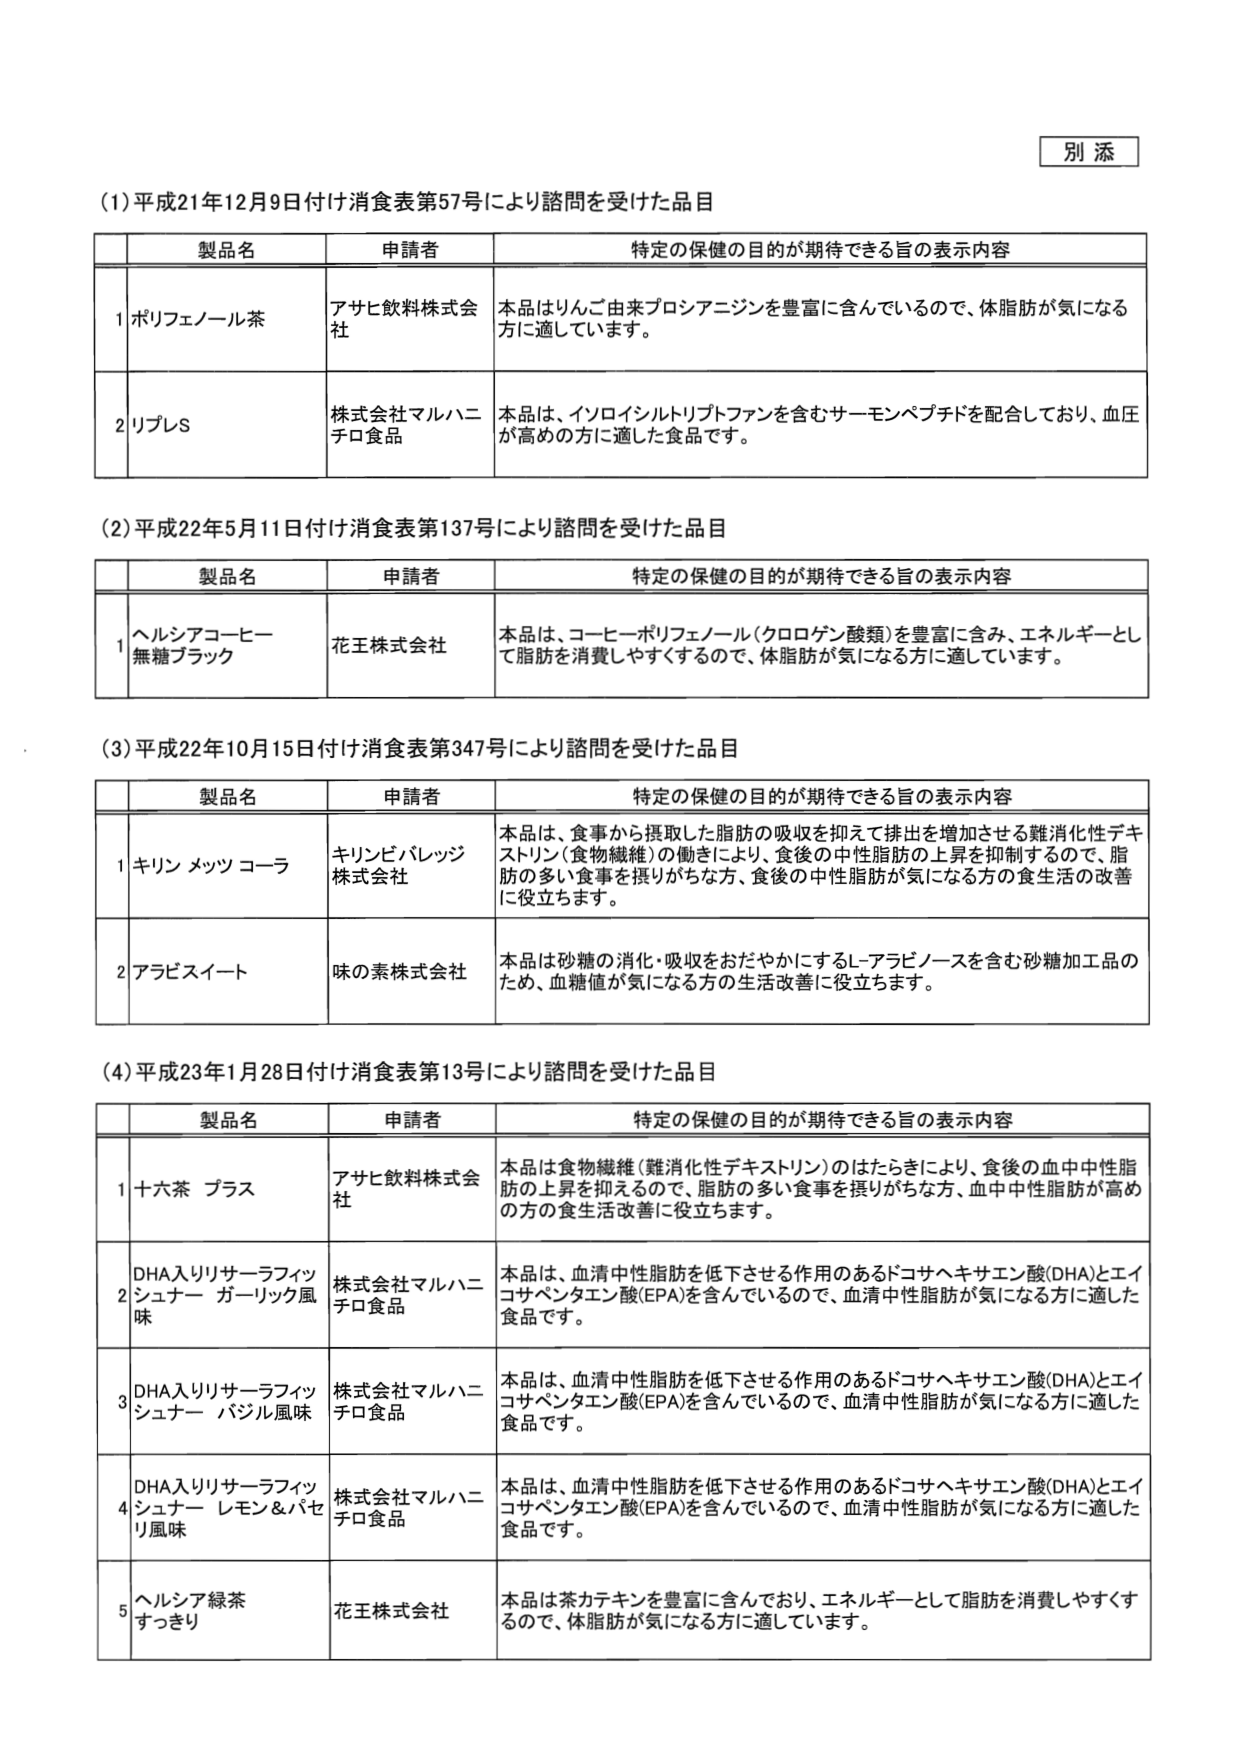
別 添

(1) 平成21年12月9日付け消費表第57号により諮問を受けた品目

製品名 申請者 特定の保健の目的が期待できる旨の表示内容
1 ポリフェノール茶 アサヒ飲料株式会社 本品はりんご由来プロシアニジンを豊富に含んでいるので、体脂肪が気になる方に適しています。
2 リプレS 株式会社マルハニチロ食品 本品は、イソロイシルトリプトファンを含むサーモンペプチドを配合しており、血圧が高めの方に適した食品です。

(2) 平成22年5月11日付け消費表第137号により諮問を受けた品目

製品名 申請者 特定の保健の目的が期待できる旨の表示内容
1 ヘルシアコーヒー 無糖ブラック 花王株式会社 本品は、コーヒーポリフェノール（クロロゲン酸類）を豊富に含み、エネルギーとして脂肪を消費しやすくするので、体脂肪が気になる方に適しています。

(3) 平成22年10月15日付け消費表第347号により諮問を受けた品目

製品名 申請者 特定の保健の目的が期待できる旨の表示内容
1 キリン メッツコーラ キリンビバレッジ株式会社 本品は、食事から摂取した脂肪の吸収を抑えて排出を増加させる難消化性デキストリン（食物繊維）の働きにより、食後の中性脂肪の上昇を抑制するので、脂肪の多い食事を摂りがちな方、食後の中性脂肪が気になる方の食生活の改善に役立ちます。
2 アラビスイート 味の素株式会社 本品は砂糖の消化・吸収をおだやかにするL-アラビノースを含む砂糖加工品のため、血糖値が気になる方の生活改善に役立ちます。

(4) 平成23年1月28日付け消費表第13号により諮問を受けた品目

製品名 申請者 特定の保健の目的が期待できる旨の表示内容
1 十六茶 プラス アサヒ飲料株式会社 本品は食物繊維（難消化性デキストリン）のはたらきにより、食後の血中中性脂肪の上昇を抑えるので、脂肪の多い食事を摂りがちな方、血中中性脂肪が高めの方の食生活改善に役立ちます。
2 DHA入りリサーラフィッシュ チューナー ガーリック風味 株式会社マルハニチロ食品 本品は、血清中性脂肪を低下させる作用のあるドコサヘキサエン酸(DHA)とエイコサペンタエン酸(EPA)を含んでいるので、血清中性脂肪が気になる方に適した食品です。
3 DHA入りリサーラフィッシュ チューナー バジル風味 株式会社マルハニチロ食品 本品は、血清中性脂肪を低下させる作用のあるドコサヘキサエン酸(DHA)とエイコサペンタエン酸(EPA)を含んでいるので、血清中性脂肪が気になる方に適した食品です。
4 DHA入りリサーラフィッシュ チューナー レモン＆パセリ風味 株式会社マルハニチロ食品 本品は、血清中性脂肪を低下させる作用のあるドコサヘキサエン酸(DHA)とエイコサペンタエン酸(EPA)を含んでいるので、血清中性脂肪が気になる方に適した食品です。
5 ヘルシア緑茶 すっきり 花王株式会社 本品は茶カテキンを豊富に含んでおり、エネルギーとして脂肪を消費しやすくするので、体脂肪が気になる方に適しています。